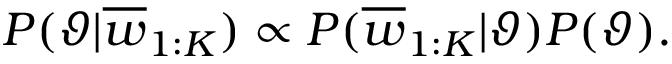
P ( \vartheta | \overline { { w } } _ { 1 : K } ) \propto P ( \overline { { w } } _ { 1 : K } | \vartheta ) P ( \vartheta ) .